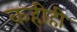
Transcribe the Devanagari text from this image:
कहीही